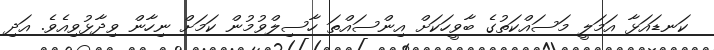
ކަނޑައަޅާ އަމަލީ މަސައްކަތުގެ ބާވީހަކަށް އިންސައްތަ ހާސިލްވުމުން ކަމަށް ނިހާން ވިދާޅުވިއެވެ. އަދި